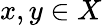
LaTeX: x,y\in X